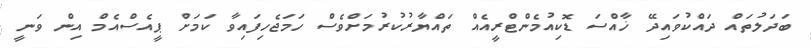
ބަދަލުތައް ދައްކުވައިދޭ ޚާއްސަ ޑޮކިއުމެންޓްރީއެއް ތައްޔާރުކުރުމަށްވެސް ހަމަޖެހިފައިވާ ކަމަށް ޕީއެސްއެމް އިން ވަނީ